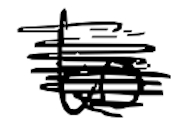
Text: to
Cross-out: scratch
Writing tool: digital_black